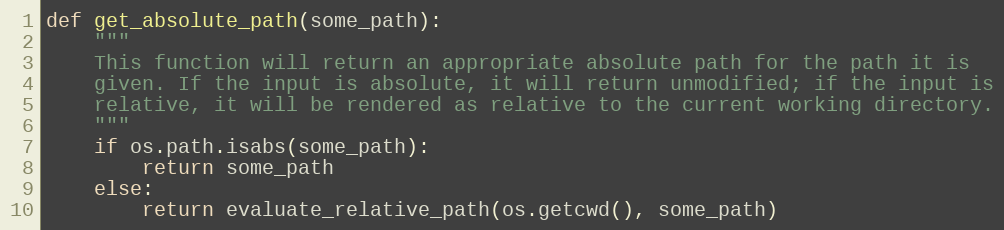
Language: Python
def get_absolute_path(some_path):
    """
    This function will return an appropriate absolute path for the path it is
    given. If the input is absolute, it will return unmodified; if the input is
    relative, it will be rendered as relative to the current working directory.
    """
    if os.path.isabs(some_path):
        return some_path
    else:
        return evaluate_relative_path(os.getcwd(), some_path)